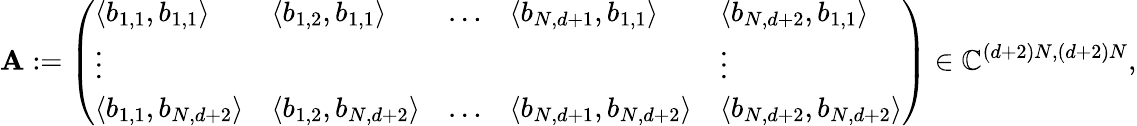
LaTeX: \mathbf{A}:=\left(\begin{array}{lllll}{\langle b_{1,1},b_{1,1}\rangle}&{\langle b_{1,2},b_{1,1}\rangle}&{\dots}&{\langle b_{N,d+1},b_{1,1}\rangle}&{\langle b_{N,d+2},b_{1,1}\rangle}\\ {\vdots}&&&&{\vdots}\\ {\langle b_{1,1},b_{N,d+2}\rangle}&{\langle b_{1,2},b_{N,d+2}\rangle}&{\dots}&{\langle b_{N,d+1},b_{N,d+2}\rangle}&{\langle b_{N,d+2},b_{N,d+2}\rangle}\end{array}\right)\in\mathbb{C}^{(d+2)N,(d+2)N},